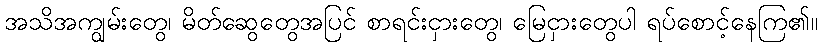
အသိအကျွမ်းတွေ၊ မိတ်ဆွေတွေအပြင် စာရင်းငှားတွေ၊ မြေငှားတွေပါ ရပ်စောင့်နေကြ၏။